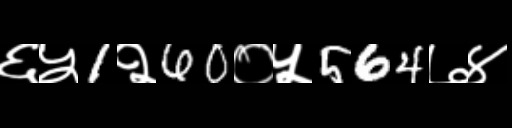
Text: ६५1२60०५564७४